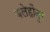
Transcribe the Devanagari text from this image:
बलेहोंनुर